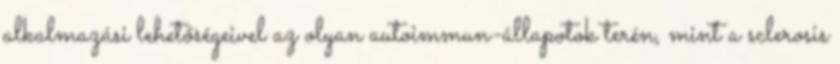
alkalmazási lehetőségeivel az olyan autoimmun-állapotok terén, mint a sclerosis